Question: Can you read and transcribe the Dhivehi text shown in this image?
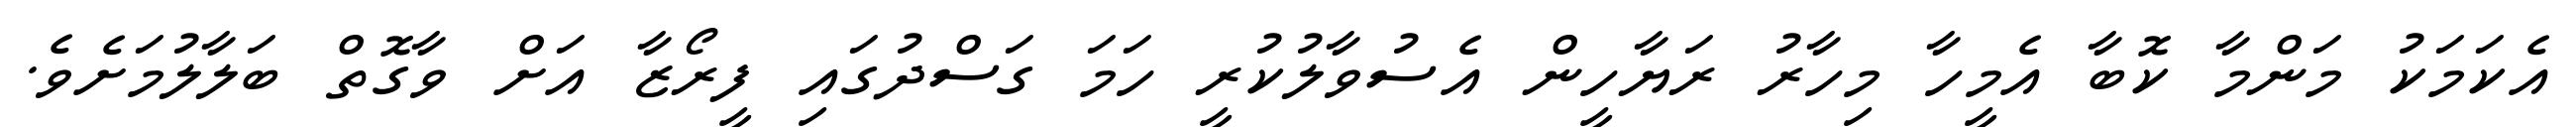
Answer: އެކަމަކު މަންމާ ކޮބާ އެމީހާ މިހާރު ރަޔާހީން އެސުވާލުކުރީ ހަމަ ގަސްދުގައި ފީރޯޒާ އަށް ވާގޮތް ބަލާލުމަށެވެ.